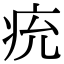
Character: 𤵔